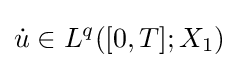
{\dot {u}}\in L^{q}([0,T];X_{1})